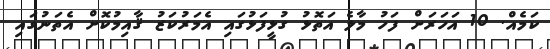
ކަމެއް. 10 އަހަރަށް ފަހު މާލެ އަތޮޅު ގުޅީފަޅުގައި އެމަރުކަޒު ޤާއިމުކޮށް އެތަނުގައި